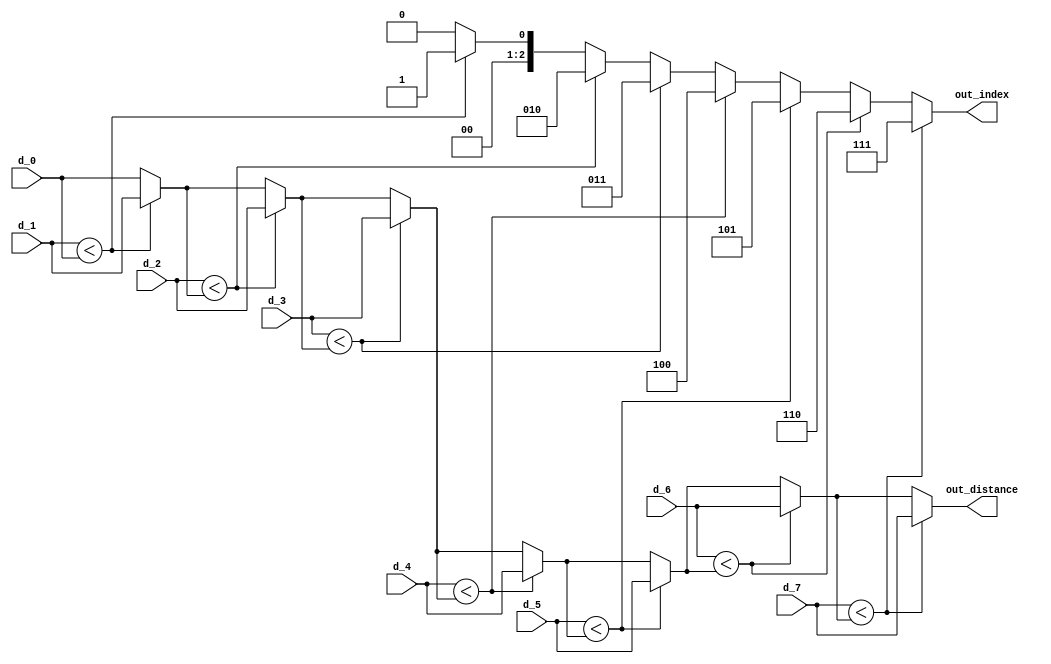
`define D_DataSize 10

module Min(d_0,
            d_1,
            d_2,
            d_3,
            d_4,
            d_5,
            d_6,
            d_7,
            out_index,
            out_distance);

  // ---------------------- input  ---------------------- //
  input  [`D_DataSize-1:0] d_0, d_1, d_2, d_3, d_4, d_5, d_6, d_7;

  // ---------------------- output ---------------------- //
  output [`D_DataSize-1:0] out_distance;
  output [2:0] out_index;

  // ---------------------- Write down Your design below  ---------------------- //

  reg [`D_DataSize-1:0] min_val;
  reg [2:0] min_index;

  always@(*)
  begin
    min_val = d_0;
    min_index = 3'b000;
    
    if (d_1 < min_val)
    begin
      min_val = d_1;
      min_index = 3'b001;
    end
    if (d_2 < min_val)
    begin
      min_val = d_2;
      min_index = 3'b010;
    end
    if (d_3 < min_val)
    begin
      min_val = d_3;
      min_index = 3'b011;
    end
    if (d_4 < min_val)
    begin
      min_val = d_4;
      min_index = 3'b100;
    end
    if (d_5 < min_val)
    begin
      min_val = d_5;
      min_index = 3'b101;
    end
    if (d_6 < min_val)
    begin
      min_val = d_6;
      min_index = 3'b110;
    end
    if (d_7 < min_val)
    begin
      min_val = d_7;
      min_index = 3'b111;
    end
  end
  assign out_index = min_index;
  assign out_distance = min_val;
endmodule